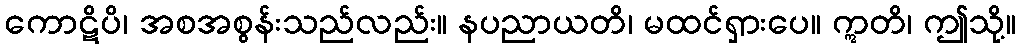
ကောဋိပိ၊ အစအစွန်းသည်လည်း။ နပညာယတိ၊ မထင်ရှားပေ။ ဣတိ၊ ဤသို့။